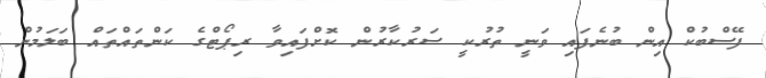
ފޭސްބުކް އިން ބުނެފައި ވަނީ ތުރުކީ ސަރުކާރުން ކޮށްފައިވާ ރިޕޯޓްގެ ކަންތައްތައް ބަލަމުން